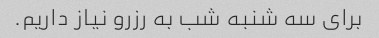
برای سه شنبه شب به رزرو نیاز داریم.